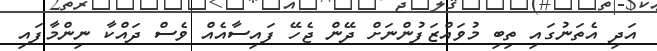
އަދި އެތަނުގައި ތިބި މުވައްޒަފުންނަށް ދޭން ޖެހޭ ފައިސާއެއް ވެސް ދައްކާ ނިންމާފައި